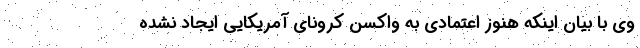
وی با بیان اینکه هنوز اعتمادی به واکسن کرونای آمریکایی ایجاد نشده